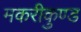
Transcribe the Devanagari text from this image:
मकरीकुण्‍ड